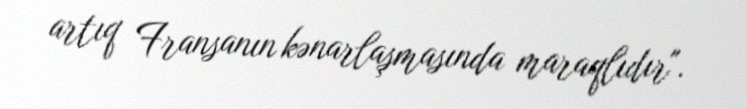
artıq Fransanın kənarlaşmasında maraqlıdır".